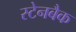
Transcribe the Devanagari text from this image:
स्टेनबैक